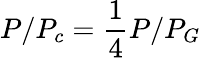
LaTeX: P/P_{c}=\frac{1}{4}P/P_{G}